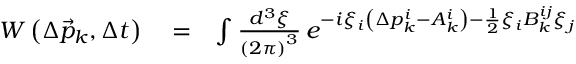
\begin{array} { r l r } { W \left( \Delta \vec { p } _ { k } , \Delta t \right) } & { { } = } & { \int \frac { d ^ { 3 } \xi } { \left( 2 \pi \right) ^ { 3 } } \, e ^ { - i \xi _ { i } \left( \Delta p _ { k } ^ { i } - A _ { k } ^ { i } \right) - \frac { 1 } { 2 } \xi _ { i } B _ { k } ^ { i j } \xi _ { j } } } \end{array}